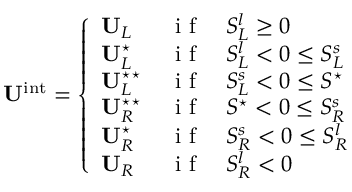
\mathbf { U } ^ { \mathrm { i n t } } = \left\{ \begin{array} { l l } { \mathbf { U } _ { L } \, } & { \mathrm { ~ i ~ f ~ } \quad S _ { L } ^ { l } \geq 0 } \\ { \mathbf { U } _ { L } ^ { \star } \, } & { \mathrm { ~ i ~ f ~ } \quad S _ { L } ^ { l } < 0 \leq S _ { L } ^ { s } } \\ { \mathbf { U } _ { L } ^ { \star \star } \, } & { \mathrm { ~ i ~ f ~ } \quad S _ { L } ^ { s } < 0 \leq S ^ { \star } } \\ { \mathbf { U } _ { R } ^ { \star \star } \, } & { \mathrm { ~ i ~ f ~ } \quad S ^ { \star } < 0 \leq S _ { R } ^ { s } } \\ { \mathbf { U } _ { R } ^ { \star } \, } & { \mathrm { ~ i ~ f ~ } \quad S _ { R } ^ { s } < 0 \leq S _ { R } ^ { l } } \\ { \mathbf { U } _ { R } \, } & { \mathrm { ~ i ~ f ~ } \quad S _ { R } ^ { l } < 0 } \end{array} \right.